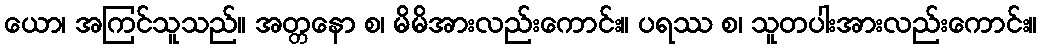
ယော၊ အကြင်သူသည်။ အတ္တနော စ၊ မိမိအားလည်းကောင်း။ ပရဿ စ၊ သူတပါးအားလည်းကောင်း။